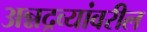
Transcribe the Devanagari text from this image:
अन्नद्रव्यांवरील